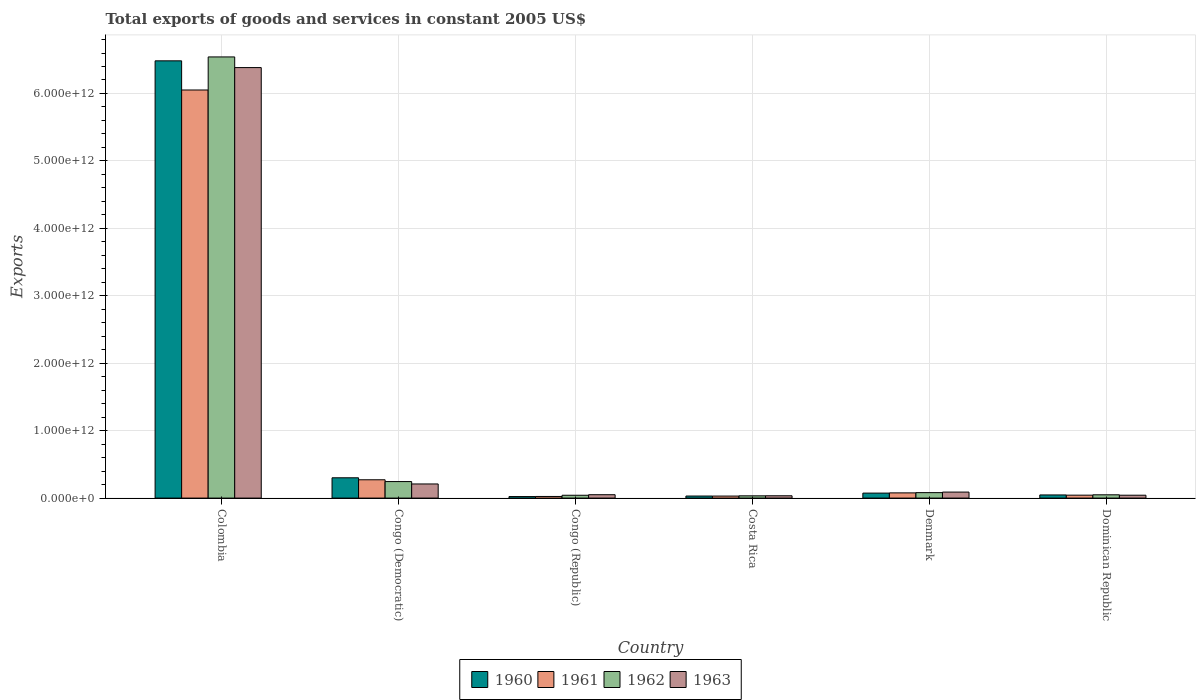
| Country | 1960 | 1961 | 1962 | 1963 |
 | --- | --- | --- | --- | --- |
 | Colombia | 6.48e+12 | 6.05e+12 | 6.54e+12 | 6.38e+12 |
 | Congo (Democratic) | 3.01e+11 | 2.72e+11 | 2.45e+11 | 2.09e+11 |
 | Congo (Republic) | 2.25e+10 | 2.42e+10 | 4.2e+10 | 5.01e+10 |
 | Costa Rica | 3.05e+10 | 3e+10 | 3.35e+10 | 3.44e+10 |
 | Denmark | 7.4e+10 | 7.72e+10 | 8.1e+10 | 8.91e+10 |
 | Dominican Republic | 4.67e+10 | 4.34e+10 | 4.87e+10 | 4.28e+10 |